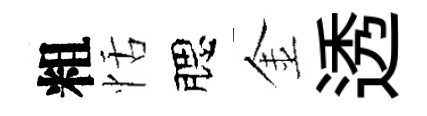
粗恬腮金透